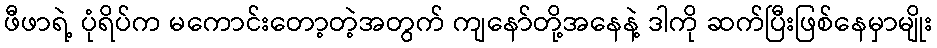
ဖီဖာရဲ့ ပုံရိပ်က မကောင်းတော့တဲ့အတွက် ကျနော်တို့အနေနဲ့ ဒါကို ဆက်ပြီးဖြစ်နေမှာမျိုး